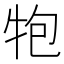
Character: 𭷝